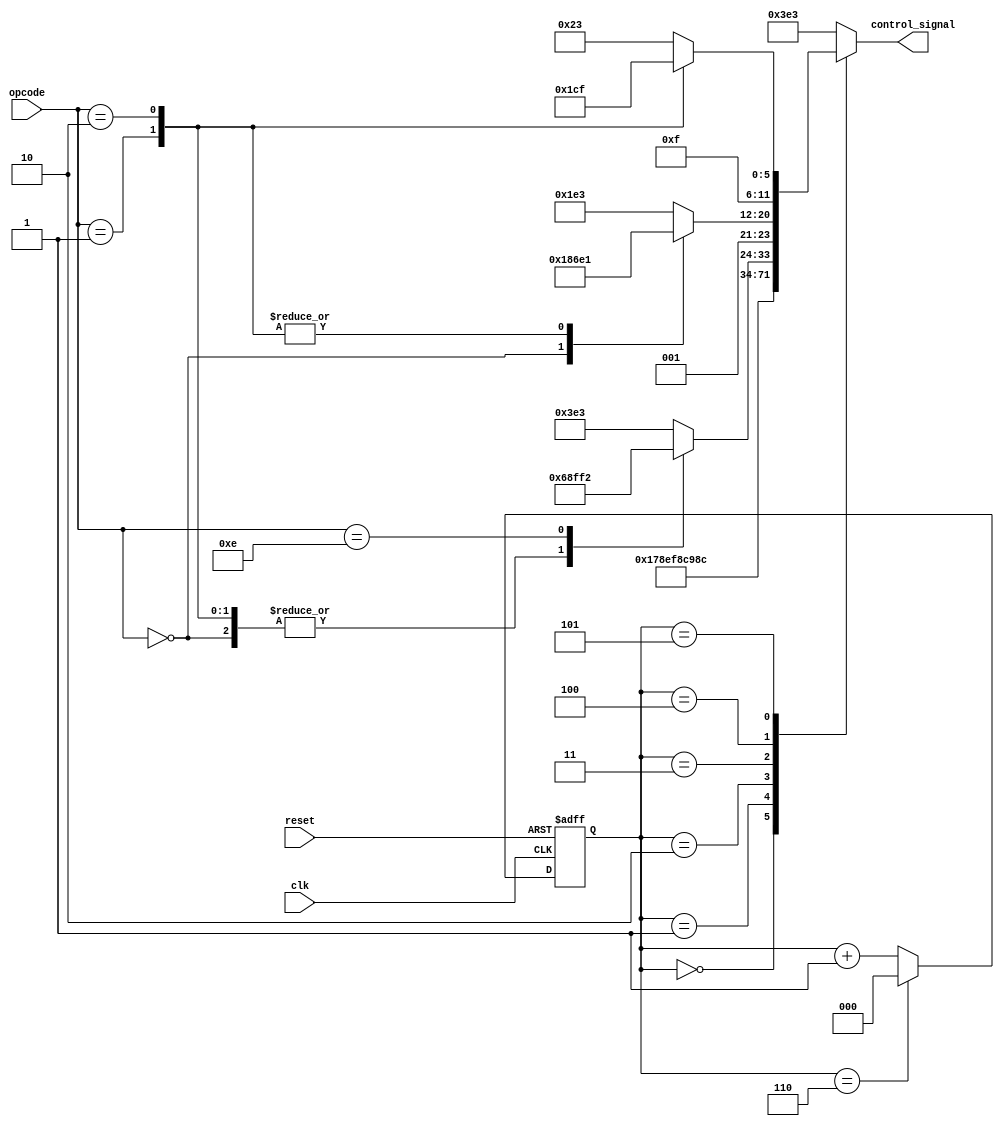
module control_unit(opcode, reset, clk ,control_signal);
input [3:0] opcode ;
input clk , reset ;
output reg [11:0] control_signal ;

reg [2:0] state ; //maximum of 6 states possible 

always @(negedge clk or negedge reset)
begin 
    if (~reset)  state <= 0 ;
    else 
    begin 
		  if (state == 6) state <= 3'b000 ;
        else state <= state + 3'b001 ;	
	 end
end 



always @(*)
begin 
    case(state)
    // fetch cycle
    3'b000: control_signal <= 12'h5e3 ;
    3'b001: control_signal <= 12'hbe3 ;
    3'b010: control_signal <= 12'h263 ;
        
    3'b011: 
    begin 
        case (opcode)
        4'b0000: control_signal <= 12'h1a3 ;
        4'b0001: control_signal <= 12'h1a3 ;
        4'b0010: control_signal <= 12'h1a3 ;
        4'b1110: control_signal <= 12'h3f2 ;
        default: control_signal <= 12'h3e3 ; // do nothing
        endcase
    end
    3'b100: 
    begin
        case (opcode)
        4'b0000: control_signal <= 12'h2c3 ;
        4'b0001: control_signal <= 12'h2e1 ;
        4'b0010: control_signal <= 12'h2e1 ;
        4'b1110: control_signal <= 12'h3e3 ;
        default: control_signal <= 12'h3e3 ; // do nothing
        endcase 
    end
    3'b101: 
    begin 
        case (opcode)
        4'b0000: control_signal <= 12'h3e3 ;
        4'b0001: control_signal <= 12'h3c7 ;
        4'b0010: control_signal <= 12'h3cf ;
        4'b1110: control_signal <= 12'h3e3 ;
        default: control_signal <= 12'h3e3 ; // do nothing
        endcase
    end
	 default: control_signal <= 12'h3e3 ;
    endcase
end 

endmodule